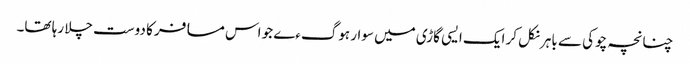
چنانچہ چوکی سے باہر نکل کر ایک ایسی گاڑی میں سوار ہوگءے جو اس مسافر کا دوست چلا رہا تھا۔